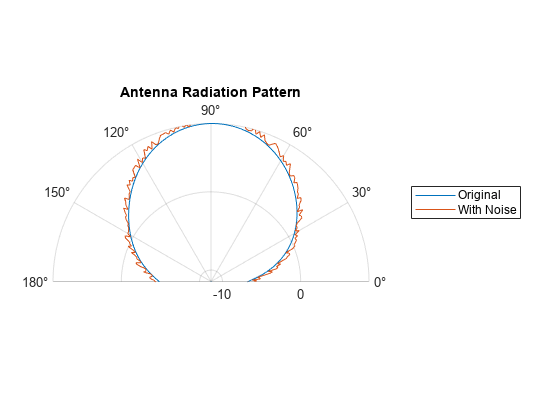
matlab, figure, polarplot